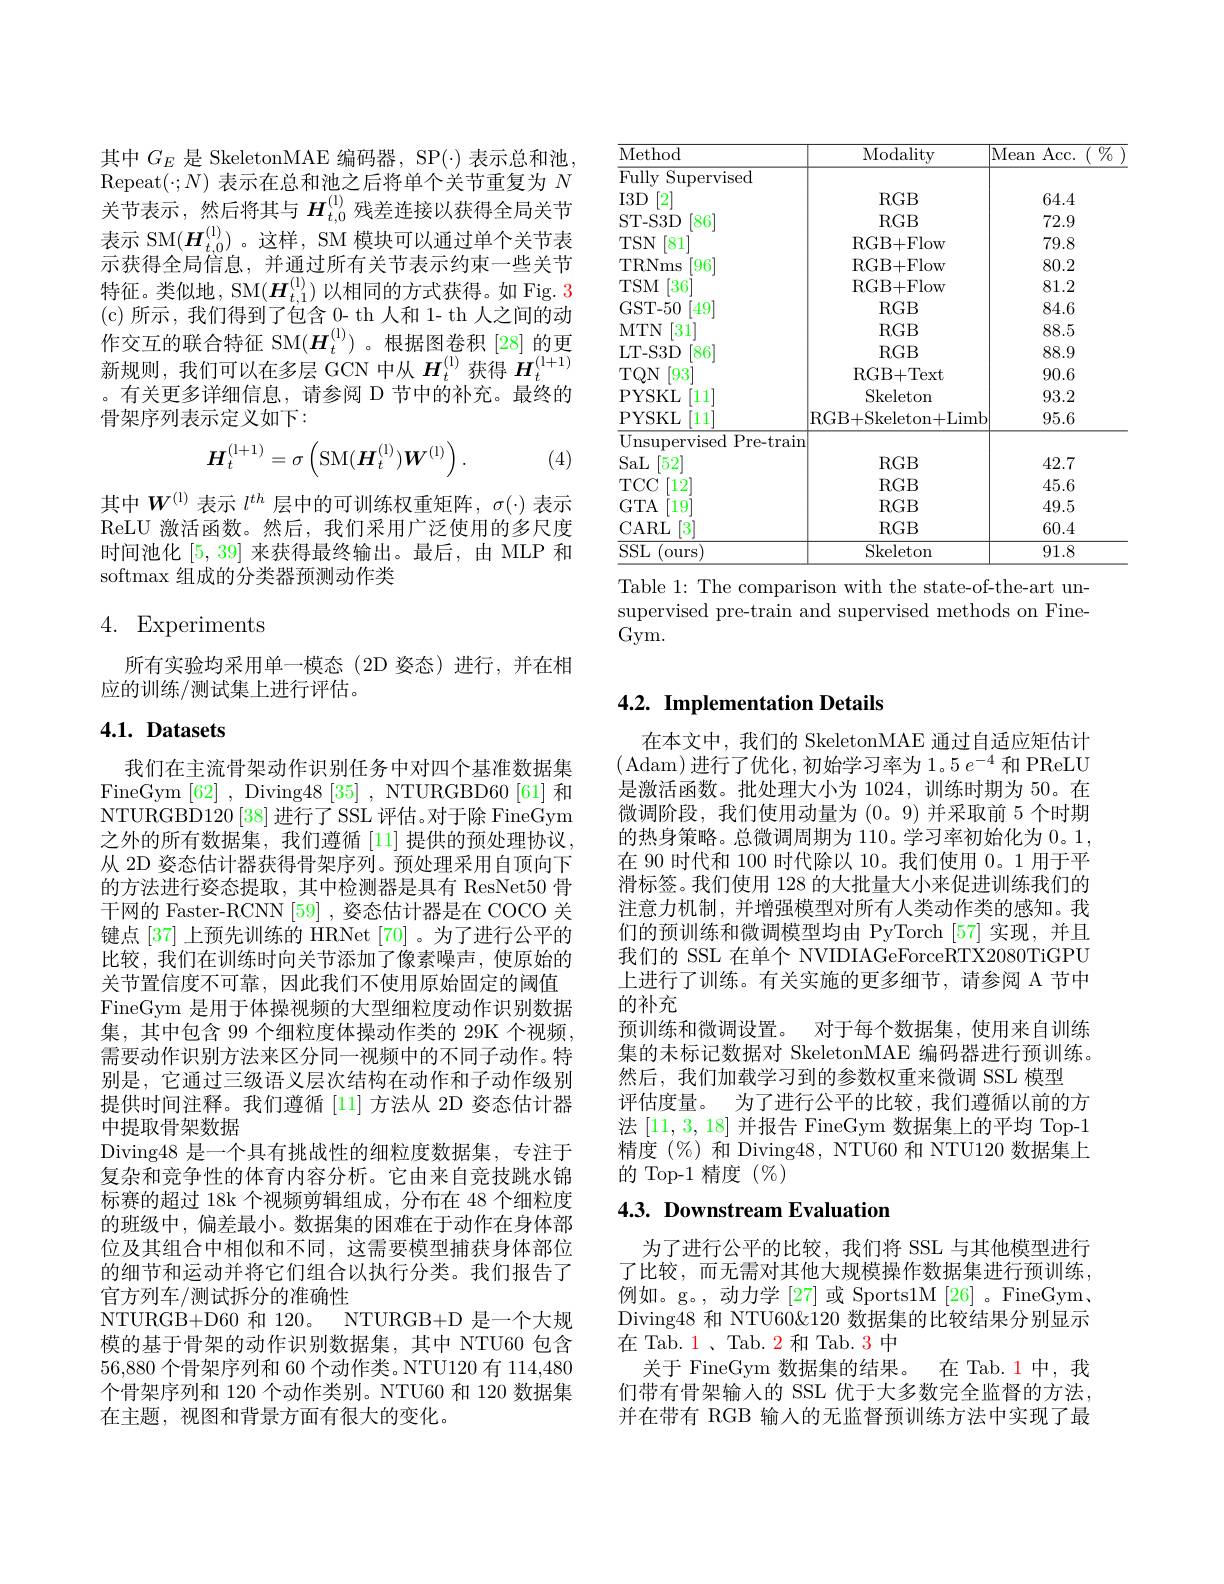
<table>
	<tbody>
		<tr>
			<th>Method</th>
			<th>Modality</th>
			<th>Acc. $\%$ an </th>
		</tr>
		<tr>
			<td>FullyS Supervised</td>
			<td> </td>
			<td> </td>
		</tr>
		<tr>
			<td>$I3D$ [2]</td>
			<td>$RGB$</td>
			<td>64.4</td>
		</tr>
		<tr>
			<td>ST- S3D [86]</td>
			<td>$RGB$</td>
			<td>72.9</td>
		</tr>
		<tr>
			<td>$TSN$ 81</td>
			<td>RGB+ Flow</td>
			<td>79.8</td>
		</tr>
		<tr>
			<td>TRNms $\lceil96\rceil$</td>
			<td>RGB+ Flow</td>
			<td>80.2</td>
		</tr>
		<tr>
			<td>$TSM$ $[36^{*}$</td>
			<td>RGB+ Flow</td>
			<td>81.2</td>
		</tr>
		<tr>
			<td>GST- 50 $49^{\prime}$</td>
			<td>$RGB$</td>
			<td>84.6</td>
		</tr>
		<tr>
			<td>MTN 31</td>
			<td>$RGB$</td>
			<td>88.5</td>
		</tr>
		<tr>
			<td>LT- S3D $\lceil86\rceil$</td>
			<td>$RGB$</td>
			<td>88.9</td>
		</tr>
		<tr>
			<td>$TQN$ $\lceil93\rceil$</td>
			<td>RGB+ Text</td>
			<td>90.6</td>
		</tr>
		<tr>
			<td>PYSKL $\left|11\right|$</td>
			<td>Skeleton</td>
			<td>93.2</td>
		</tr>
		<tr>
			<td>PYSKL 11</td>
			<td>RGB+ Skeleton+ Limb</td>
			<td>95.6</td>
		</tr>
		<tr>
			<td>Unsupervised ${\mathrm{l~Pre-train}}$</td>
			<td> </td>
			<td> </td>
		</tr>
		<tr>
			<td>SaL $\lceil52\rceil$</td>
			<td>$RGB$</td>
			<td>42.7</td>
		</tr>
		<tr>
			<td>$TCC$ $\lceil12^{\prime}\rceil$</td>
			<td>$RGB$</td>
			<td>45.6</td>
		</tr>
		<tr>
			<td>$GTA$ 19</td>
			<td>$RGB$</td>
			<td>49.5</td>
		</tr>
		<tr>
			<td>CARL $3^{\prime}$</td>
			<td>$RGB$</td>
			<td>60.4</td>
		</tr>
		<tr>
			<td>$SSL$ $^{\prime}$ours</td>
			<td>Skeleton</td>
			<td>91.8</td>
		</tr>
	</tbody>
</table>
Table 1: The comparison with the state-of-the-art un-

supervised pre-train and supervised methods on Fine-
Gym.

其中$G_E$是 SkeletonMAE 编码器，SP(·)表示总和池， Repeat$( : N)$ 表 示 在 总 和 池 之 后 将 单 个 关 节 重 复 为 $N$ 关 节 表 示 , 然 后 将 其 与 $H_{t, 0}^{( 1) }$残 差 连 接 以 获 得 全 局 关 节表示 SM$(\boldsymbol{H}_{t,0}^{(1)})$。这样，SM 模块可以通过单个关节表示获得全局信息，并通过所有关节表示约束一些关节特征。类似地，SM$(\boldsymbol{H}_{t,1}^{(1)})$以相同的方式获得。如 Fig. 3 ( c) 所示，我们得到了包含 0- th 人和 1- th 人之间的动作交互的联合特征 SM$(\boldsymbol{H}_t^{(1)})$。根据图卷积[28]的更作 又 生 时 软 日 符 血 on$( \mathbf{I} _{t})$。依 据 因 也 似 [20]的 史 新 规 则 , 我 们 可 以 在 多 层 GCN 中 从 $\boldsymbol{H}_{t}^{( \mathrm{l} ) }$获 得 $\boldsymbol{H}_{t}^{( \mathrm{l} + 1) }$ 。有 关 更 多 详 细 信 息 , 请 参 阅 D 节 中 的 补 充 。最 终 的骨架序列表示定义如下：
$$\boldsymbol{H}_{t}^{(1+1)}=\sigma\left(\mathrm{SM}(\boldsymbol{H}_{t}^{(1)})\boldsymbol{W}^{(1)}\right).$$
(4)

其中$W^{(\mathrm{l})}$表示$l^{th}$层中的可训练权重矩阵，$\sigma(\cdot)$表示ReLU 激活函数。然后，我们采用广泛使用的多尺度时间池化[5,39]来获得最终输出。最后，由 MLP 和softmax 组成的分类器预测动作类

## 4. Experiments

所有实验均采用单一模态(2D 姿态)进行，并在相
应的训练/测试集上进行评估。

# $4. 1. \textbf{ Datasets}$

我们在主流骨架动作识别任务中对四个基准数据集FineGym [62], Diving48[35], NTURGBD60[61] 和NTURGBD120 [ 38] 进行了SSL 评估。对于除 FineGym 之外的所有数据集，我们遵循[11]提供的预处理协议， 从 2D 姿态估计器获得骨架序列。预处理采用自顶向下的方法进行姿态提取，其中检测器是具有 ResNet50 骨干网的 Faster-RCNN [59] , 姿态估计器是在 COCO 关键点[37] 上预先训练的 HRNet [70] 。为了进行公平的比较，我们在训练时向关节添加了像素噪声，使原始的关节置信度不可靠，因此我们不使用原始固定的阈值FineGym 是用于体操视频的大型细粒度动作识别数据集，其中包含 99 个细粒度体操动作类的 29K 个视频需要动作识别方法来区分同一视频中的不同子动作。特别是，它通过三级语义层次结构在动作和子动作级别提供时间注释。我们遵循[11]方法从 2D 姿态估计器中提取骨架数据
Diving48 是一个具有挑战性的细粒度数据集，专注于复杂和竞争性的体育内容分析。它由来自竞技跳水锦标赛的超过 18k 个视频剪辑组成，分布在 48 个细粒度的班级中，偏差最小。数据集的困难在于动作在身体部位及其组合中相似和不同，这需要模型捕获身体部位的细节和运动并将它们组合以执行分类。我们报告了官方列车/测试拆分的准确性
NTURGB+ D60 和 120。NTURGB+D 是一个大规模的基于骨架的动作识别数据集，其中 NTU60 包含56,880个骨架序列和 60 个动作类。NTU120 有 114,480个骨架序列和 120 个动作类别。NTU60 和 120 数据集在主题，视图和背景方面有很大的变化。

## 4.2. Implementation Details

在本文中，我们的 SkeletonMAE 通过自适应矩估计(Adam)进行了优化，初始学习率为1。5 $e^-4$ 和 PReLU 是激活函数。批处理大小为 1024, 训练时期为 50。在微调阶段，我们使用动量为(0。9)并采取前 5 个时期的热身策略。总微调周期为 110。学习率初始化为 0。1, 在 90 时代和 100 时代除以 10。我们使用 0。1 用于平滑标签。我们使用 128 的大批量大小来促进训练我们的注意力机制，并增强模型对所有人类动作类的感知。我们的预训练和微调模型均由 PyTorch [57] 实现，并且我们的 SSL 在单个 NVIDIAGeForceRTX2080TiGPU 上进行了训练。有关实施的更多细节，请参阅 A 节中的补充
预训练和微调设置。对于每个数据集，使用来自训练集的未标记数据对 SkeletonMAE 编码器进行预训练。然后，我们加载学习到的参数权重来微调 SSL 模型
评估度量。为了进行公平的比较，我们遵循以前的方法[11,3,18]并报告 FineGym 数据集上的平均 Top-1精度(%) 和 Diving48, NTU60 和 NTU120 数据集上的 Top-1 精度$(\%)$

# 4.3. Downstream Evaluation

为了进行公平的比较，我们将 SSL 与其他模型进行了比较，而无需对其他大规模操作数据集进行预训练， 例如。g。, 动力学 [27] 或 Sports1M [26]。FineGym. Diving48 和 NTU60&120 数据集的比较结果分别显示在 Tab. 1 、 Tab. 2 和 Tab. 3 中
关于 FineGym 数据集的结果。在 Tab.1中，我们带有骨架输人的 SSL 优于大多数完全监督的方法， 并在带有 RGB 输入的无监督预训练方法中实现了最